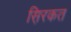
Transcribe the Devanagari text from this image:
स़िरकत